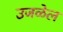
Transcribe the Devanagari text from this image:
उजळेल